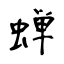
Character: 蝉